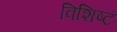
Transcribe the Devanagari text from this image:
विशिष्टं